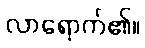
လာရောက်၏။